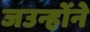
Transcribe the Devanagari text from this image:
जउन्होंने